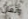
وتعال